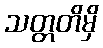
သတ္တတိမှိ